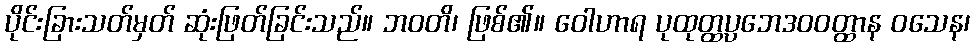
ပိုင်းခြားသတ်မှတ် ဆုံးဖြတ်ခြင်းသည်။ ဘဝတိ၊ ဖြစ်၏။ ဝေါဟာရ ပုထုတ္ထပ္ပဘေဒဝဝတ္ထာန ဝသေန၊